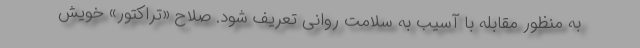
به منظور مقابله با آسیب به سلامت روانی تعریف شود. صلاح «تراکتور» خویش